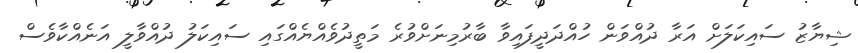
ޝިޔާޒު ސައިކަލަށް އަރާ ދުއްވަން ހުއްދަދީފައިވާ ބާރުމިނަށްވުރެ މަތީދުވެއްޔެއްގައި ސައިކަލު ދުއްވާލީ އަނެއްކާވެސް